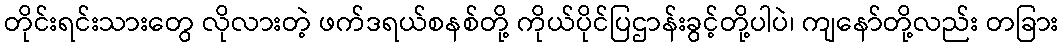
တိုင်းရင်းသားတွေ လိုလားတဲ့ ဖက်ဒရယ်စနစ်တို့ ကိုယ်ပိုင်ပြဌာန်းခွင့်တို့ပါပဲ၊ ကျနော်တို့လည်း တခြား